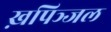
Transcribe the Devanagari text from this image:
ख़पिञ्जल